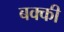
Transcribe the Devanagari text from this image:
बक्की